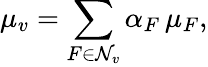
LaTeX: \mu_{v}=\displaystyle\sum_{F\in\mathcal{N}_{v}}\alpha_{F}\, \mu_{F},